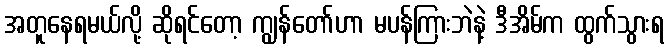
အတူနေရမယ်လို့ ဆိုရင်တော့ ကျွန်တော်ဟာ မပန်ကြားဘဲနဲ့ ဒီအိမ်က ထွက်သွားရ